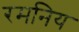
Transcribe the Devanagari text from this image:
रमनिय